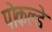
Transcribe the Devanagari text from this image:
पोकल्डे